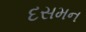
દસમન